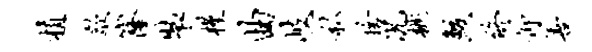
植歙窿裴槿曲岐私舍况桃鲛终仰善